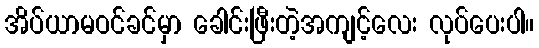
အိပ်ယာမဝင်ခင်မှာ ခေါင်းဖြီးတဲ့အကျင့်လေး လုပ်ပေးပါ။